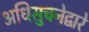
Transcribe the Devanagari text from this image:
अधिसुचनेद्वारे